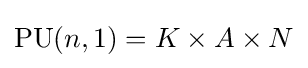
\mathrm {PU} (n,1)=K\times A\times N